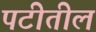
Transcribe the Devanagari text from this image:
पटीतील